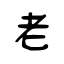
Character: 老